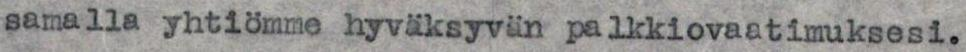
samalla yhtiömme hyväksyvän palkkiovaatimuksesi.